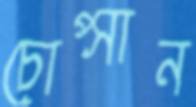
চোপ্‌সান